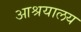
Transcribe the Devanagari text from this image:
आश्रयालय